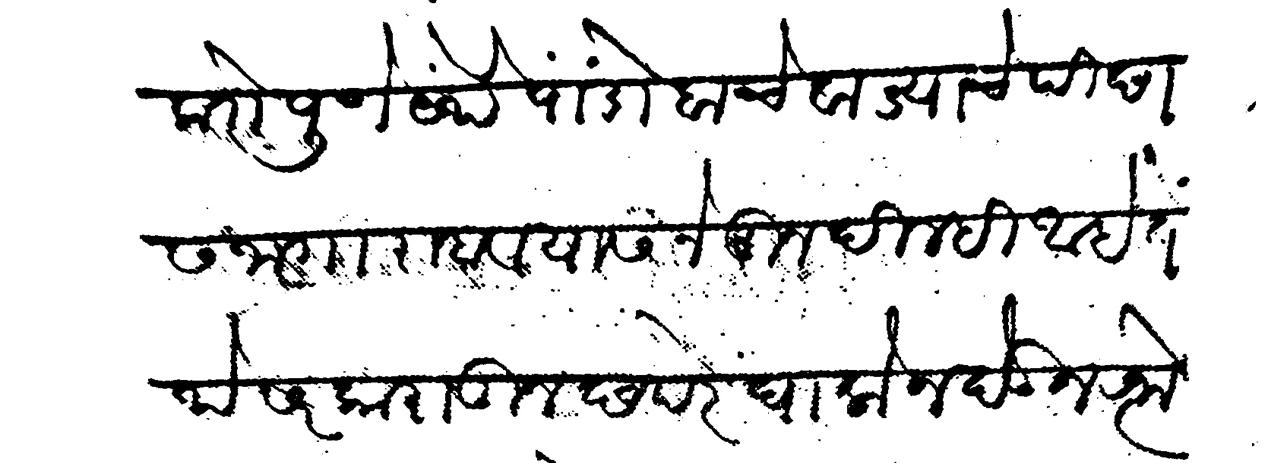
Transliteration (Devanagari): काो पुणे येथे पांडोबाचे वाड्याचे पिछास जागा राहावयास नेमून दिल्ही आहे तेथे सरकारातून छपरे घालोन देऊन रत्नोजी